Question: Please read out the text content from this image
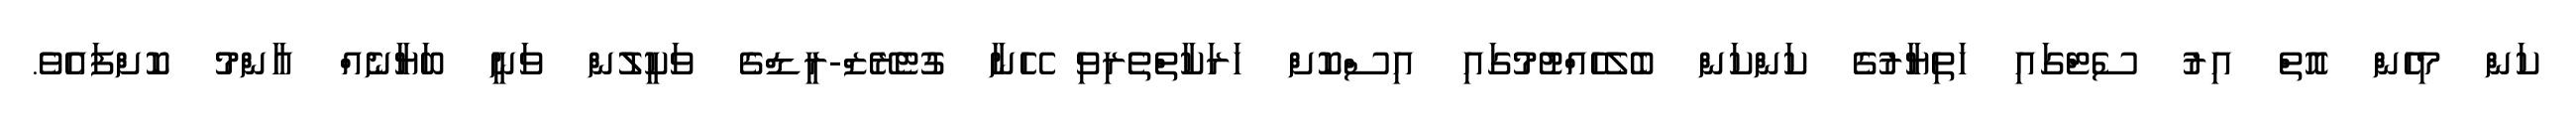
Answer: ކަން މިހެން އޮތް އިރު ސެޓްގައި ހަތިޔާރުގެ ކަންކަން ބެލެހެއްޓުމުގައި އިސްކޮށް ހަރަކާތްތެރިވި ހޭނާ ގުޓެރޭޒް-ރީޑްގެ ވަކީލުން ވަނީ ބަޔާނެއް އާންމު ކޮށްފައެވެ.